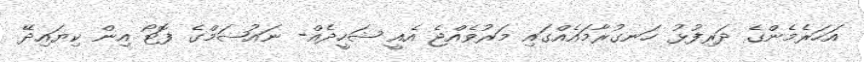
އަހަރެމެންގެ ދަރިފުޅު ހަނގުރާމައެއްގައި މަރުވެއްޖެ އެއީ ޝަހީދެއް- ނައުޝަމްގެ ފޮޓޯ އިން ކިޔައިދޭ